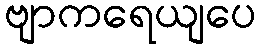
ဗျာကရေယျပေ